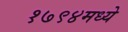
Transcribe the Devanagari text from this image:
१७९४मध्ये